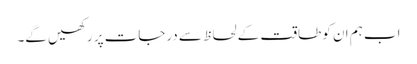
اب ہم ان کو طاقت کے لحاظ سے درجات پر رکھیں گے۔